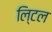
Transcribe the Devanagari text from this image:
लि्टल